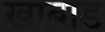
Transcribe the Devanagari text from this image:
खाबाड